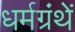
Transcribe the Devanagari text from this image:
धर्मग्रंथें